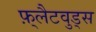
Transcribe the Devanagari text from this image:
फ़्लैटवुड्स